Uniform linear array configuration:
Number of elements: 4
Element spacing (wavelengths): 1
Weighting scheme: hamming
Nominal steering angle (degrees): -15
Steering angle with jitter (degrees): -15.247
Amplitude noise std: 0.05
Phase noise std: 0.05

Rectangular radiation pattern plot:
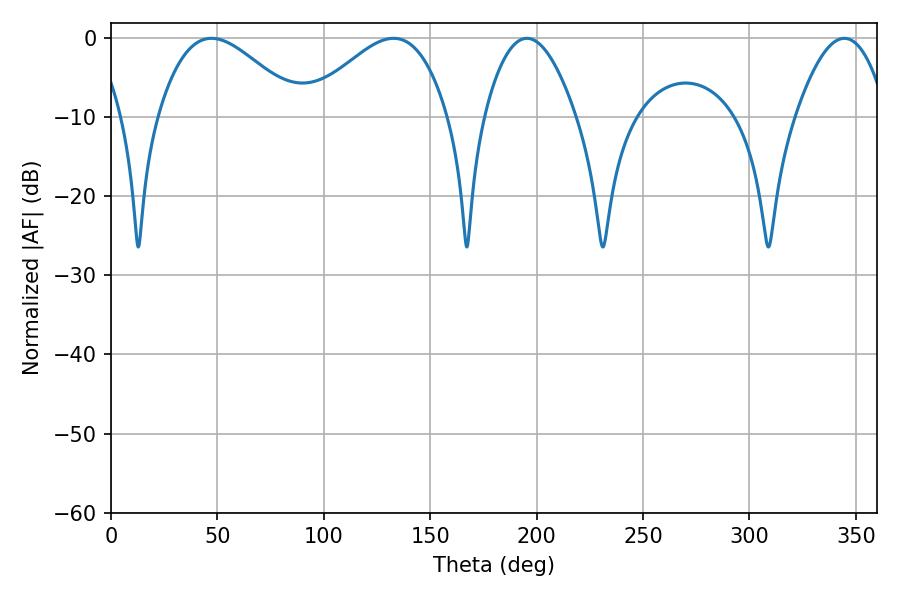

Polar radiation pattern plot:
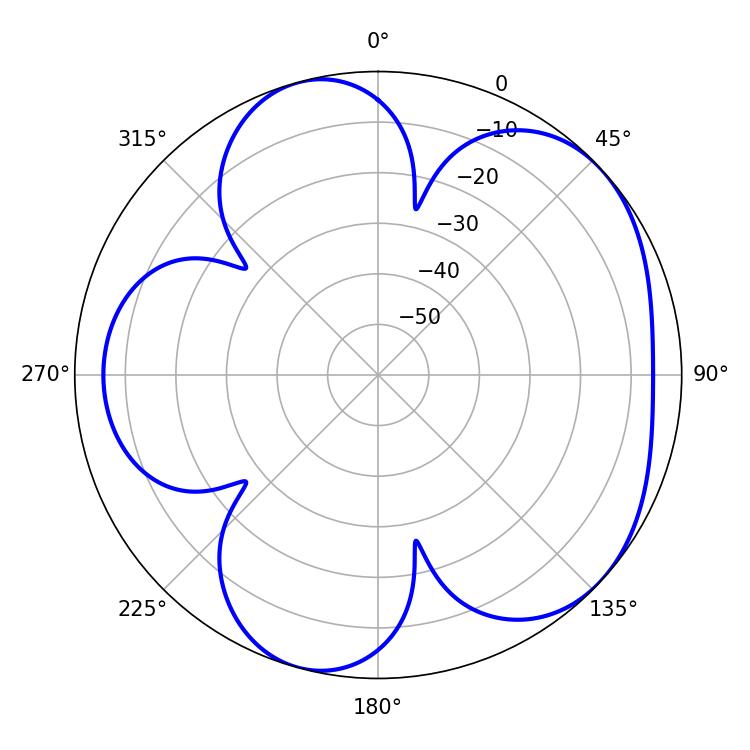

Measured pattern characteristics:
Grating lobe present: TRUE
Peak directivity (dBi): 4.964
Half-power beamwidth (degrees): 36
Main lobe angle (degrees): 47.16